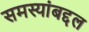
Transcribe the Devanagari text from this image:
समस्यांबद्दल